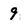
Character: 9